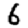
Digit: 6